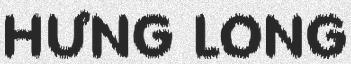
HƯNG LONG